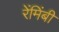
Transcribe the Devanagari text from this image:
रेंमिंबी